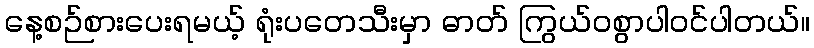
နေ့စဉ်စားပေးရမယ့် ရုံးပတေသီးမှာ ဓာတ် ကြွယ်ဝစွာပါဝင်ပါတယ်။